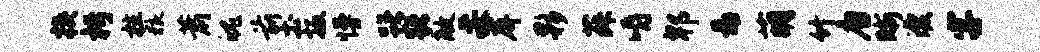
挟枵柱狼萧魄前土扳慢躇躇敞妥屏夥菽嚼郫靠萌竹唐晰漂字